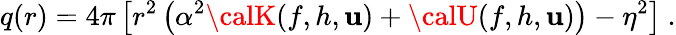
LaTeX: q(r)=4\pi\left[r^{2}\left(\alpha^{2}{\calK}(f,h,\mathbf{u})+{\calU}(f,h,\mathbf{u})\right)-\eta^{2}\right]\ .